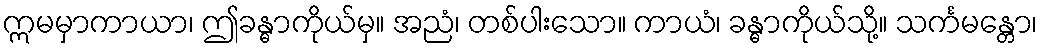
ဣမမှာကာယာ၊ ဤခန္ဓာကိုယ်မှ။ အညံ၊ တစ်ပါးသော။ ကာယံ၊ ခန္ဓာကိုယ်သို့။ သင်္ကမန္တော၊